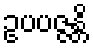
ဥပပဇ္ဇန္တိ